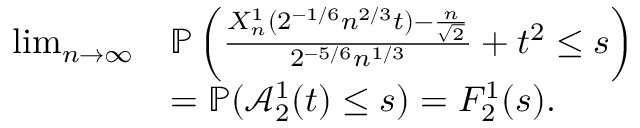
\begin{array} { r l } { \operatorname* { l i m } _ { n \to \infty } } & { \mathbb { P } \left( \frac { X _ { n } ^ { 1 } ( 2 ^ { - 1 / 6 } n ^ { 2 / 3 } t ) - \frac { n } { \sqrt { 2 } } } { 2 ^ { - 5 / 6 } n ^ { 1 / 3 } } + t ^ { 2 } \leq s \right) } \\ & { = \mathbb { P } ( \mathcal { A } _ { 2 } ^ { 1 } ( t ) \leq s ) = F _ { 2 } ^ { 1 } ( s ) . } \end{array}